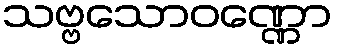
သဗ္ဗသောဝဏ္ဏော